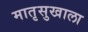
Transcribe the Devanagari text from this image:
मातृसुखाला